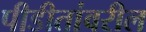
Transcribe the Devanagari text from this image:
पीडीतांवरील